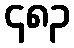
၄၈၃